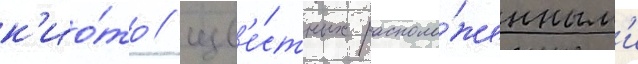
к'ио́то / изв'е́стных располо́женным'и